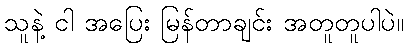
သူနဲ့ ငါ အပြေး မြန်တာချင်း အတူတူပါပဲ။